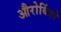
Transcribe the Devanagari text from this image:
औरोबिंडो